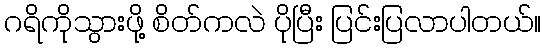
ဂရိကိုသွားဖို့ စိတ်ကလဲ ပိုပြီး ပြင်းပြလာပါတယ်။